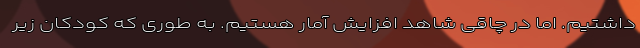
داشتیم. اما در چاقی شاهد افزایش آمار هستیم. به طوری که کودکان زیر